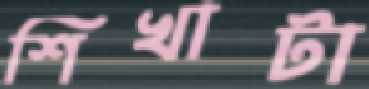
শিখাটা